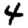
Digit: 4